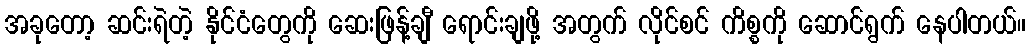
အခုတော့ ဆင်းရဲတဲ့ နိုင်ငံတွေကို ဆေးဖြန့်ချီ ရောင်းချဖို့ အတွက် လိုင်စင် ကိစ္စကို ဆောင်ရွက် နေပါတယ်။